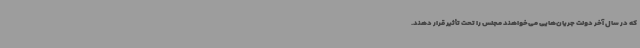
که در سال آخر دولت‌ جریان‌هایی می‌خواهند مجلس را تحت تأثیر قرار دهند.